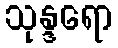
သုန္ဒရော